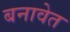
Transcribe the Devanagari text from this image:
बनावेत